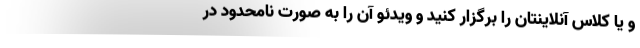
و یا کلاس آنلاینتان را برگزار کنید و ویدئو آن را به صورت نامحدود در